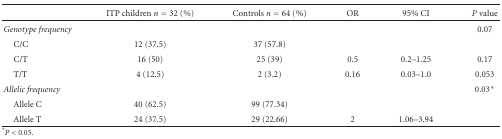
<table><thead><tr><td><b> </b></td><td><b>ITP children <i>n</i> = 32 (%)</b></td><td><b>Controls <i>n</i> = 64 (%)</b></td><td><b>OR</b></td><td><b>95% CI</b></td><td><b><i>P</i> value</b></td></tr></thead><tbody><tr><td><i>Genotype frequency</i></td><td> </td><td> </td><td> </td><td> </td><td>0.07</td></tr><tr><td> C/C</td><td>12 (37.5)</td><td>37 (57.8)</td><td> </td><td> </td><td> </td></tr><tr><td> C/T</td><td>16 (50)</td><td>25 (39)</td><td>0.5</td><td>0.2–1.25</td><td>0.17</td></tr><tr><td> T/T</td><td> 4 (12.5)</td><td> 2 (3.2)</td><td>0.16</td><td>0.03–1.0</td><td>0.053</td></tr><tr><td><i>Allelic frequency</i></td><td> </td><td> </td><td> </td><td> </td><td>0.03*</td></tr><tr><td> Allele C</td><td>40 (62.5)</td><td>99 (77.34)</td><td> </td><td> </td><td> </td></tr><tr><td> Allele T</td><td>24 (37.5)</td><td>29 (22.66)</td><td>2</td><td>1.06–3.94</td><td> </td></tr></tbody></table>